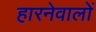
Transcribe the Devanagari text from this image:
हारनेवालों